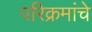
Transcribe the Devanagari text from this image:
परिक्रमांचे